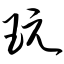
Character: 玩